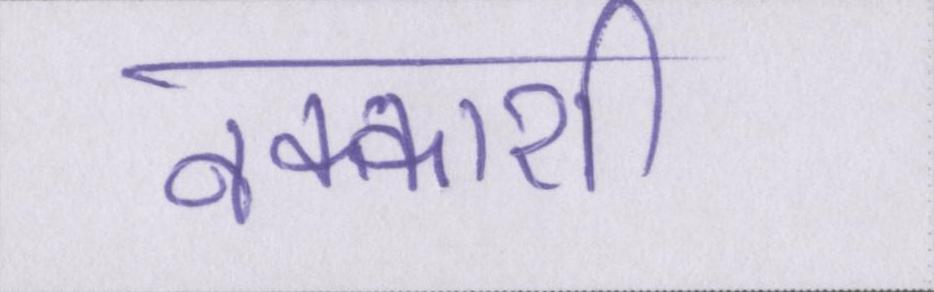
नक्काशी